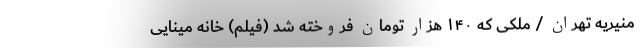
منیریه تهران / ملکی که ۱۴۰ هزار تومان فروخته شد (فیلم) خانه‌ مینایی